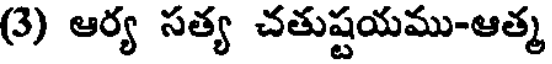
(3) ఆర్య సత్య చతుష్టయము-ఆత్మ